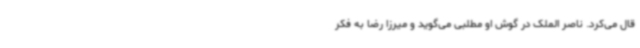
قال می‌کرد. ناصر الملک در گوش او مطلبی می‌گوید و میرزا رضا به فکر